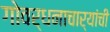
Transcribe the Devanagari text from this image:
गोवर्धनाचार्यांची